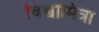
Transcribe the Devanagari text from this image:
विश्वामित्रा